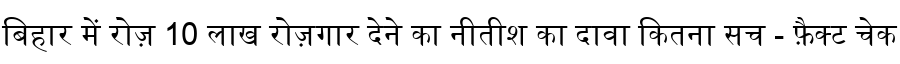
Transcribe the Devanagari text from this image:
बिहार में रोज़ 10 लाख रोज़गार देने का नीतीश का दावा कितना सच - फ़ैक्ट चेक